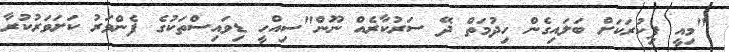
"މިއީ ފިކުރަކަށް ބަލައިގެން ހިދުމަތް ދޭ ސަރުކާރެއް ނޫން"ސިއްހީ ޑިވައިސްތަކުގެ ފެންވަރު ކަށަވަރުކުރާ